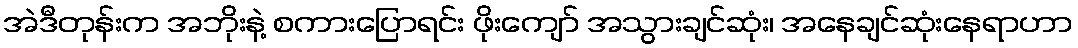
အဲဒီတုန်းက အဘိုးနဲ့ စကားပြောရင်း ဖိုးကျော် အသွားချင်ဆုံး၊ အနေချင်ဆုံးနေရာဟာ